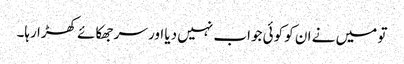
تو میں نے ان کو کوئی جواب نہیں دیا اور سر جھکائے کھڑا رہا۔